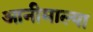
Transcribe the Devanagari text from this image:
आनीमाल्या